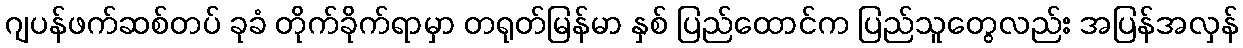
ဂျပန်ဖက်ဆစ်တပ် ခုခံ တိုက်ခိုက်ရာမှာ တရုတ်မြန်မာ နှစ် ပြည်ထောင်က ပြည်သူတွေလည်း အပြန်အလှန်